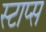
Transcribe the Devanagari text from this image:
स्टाप्स